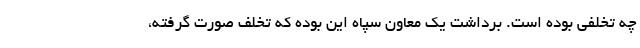
چه تخلفی بوده است. برداشت یک معاون سپاه این بوده که تخلف صورت گرفته،